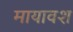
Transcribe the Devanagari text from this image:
मायावश